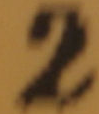
2